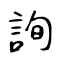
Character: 詢